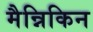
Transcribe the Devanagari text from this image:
मैन्निकिन